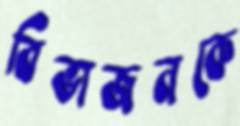
বিভাজনকে